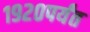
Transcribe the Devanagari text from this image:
१९२०पर्यंत